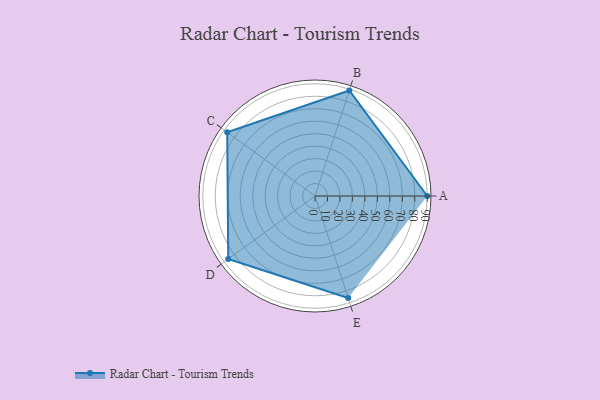
{"axis": {"x": "Skill", "y": "Score"}, "legend": ["Profile"], "data": [{"x": "A", "y": 90.0, "type": "Profile"}, {"x": "B", "y": 89.0, "type": "Profile"}, {"x": "C", "y": 87.0, "type": "Profile"}, {"x": "D", "y": 86.0, "type": "Profile"}, {"x": "E", "y": 86.0, "type": "Profile"}]}